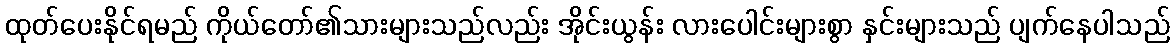
ထုတ်ပေးနိုင်ရမည် ကိုယ်တော်၏သားများသည်လည်း အိုင်းယွန်း လားပေါင်းများစွာ နှင်းများသည် ပျက်နေပါသည်